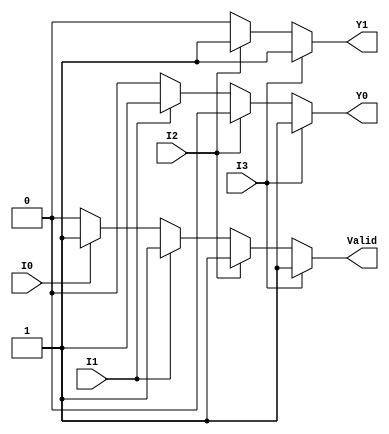
module priority_encoder (
    input wire I0,  // Input 0
    input wire I1,  // Input 1
    input wire I2,  // Input 2
    input wire I3,  // Input 3
    output reg Y1,  // Most significant bit of the output
    output reg Y0,  // Least significant bit of the output
    output reg Valid // Valid signal
);

always @(*) begin
    // Default values
    Y1 = 1'b0;
    Y0 = 1'b0;
    Valid = 1'b0;

    // Priority encoding logic
    if (I3) begin
        Y1 = 1'b1; // Y1 = 1
        Y0 = 1'b1; // Y0 = 1
        Valid = 1'b1; // At least one input is active
    end else if (I2) begin
        Y1 = 1'b1; // Y1 = 1
        Y0 = 1'b0; // Y0 = 0
        Valid = 1'b1; // At least one input is active
    end else if (I1) begin
        Y1 = 1'b0; // Y1 = 0
        Y0 = 1'b1; // Y0 = 1
        Valid = 1'b1; // At least one input is active
    end else if (I0) begin
        Y1 = 1'b0; // Y1 = 0
        Y0 = 1'b0; // Y0 = 0
        Valid = 1'b1; // At least one input is active
    end else begin
        // If no inputs are active, Valid remains 0
        Valid = 1'b0; // No inputs are active
    end
end

endmodule